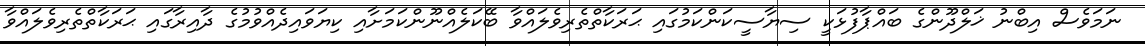
ނަމަވެސް އިބްނު ޚަލްދޫންގެ ބައްޕާފުޅަކީ ސިޔާސީކަންކަމުގައި ޙަރަކާތްތެރިވެލައްވާ ބޭކަލެއްނޫންކަމަށާއި ކިޔަވައިދެއްވުމުގެ ދާއިރާގައި ޙަރަކާތްތެރިވެލައްވާ